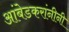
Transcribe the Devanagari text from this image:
आंबेडकरांनीनी